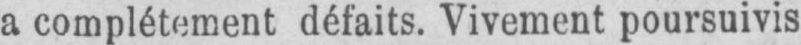
a complétement défaits. Vivement poursuivis